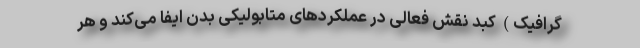
گرافیک) کبد نقش فعالی در عملکردهای متابولیکی بدن ایفا می‌کند و هر